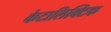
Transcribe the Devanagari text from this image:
केटालिक्टिक